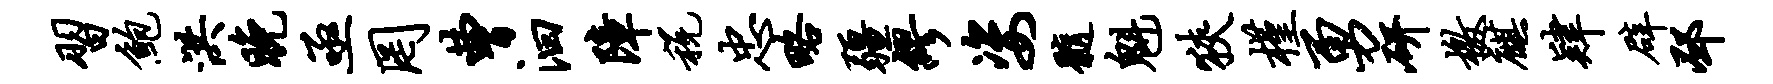
习鲍洪晚亟罔曹汩障税忠略疆缪姿髓魁狭槿勇研檄麒肄辟邳